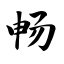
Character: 畅